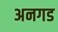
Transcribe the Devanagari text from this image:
अनगड